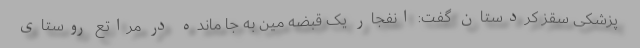
پزشکی سقز کردستان گفت: انفجار یک قبضه مین به جا مانده در مراتع روستای